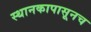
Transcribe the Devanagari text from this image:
स्थानकापासूनच